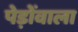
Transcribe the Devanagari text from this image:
पेड़ोंवाला